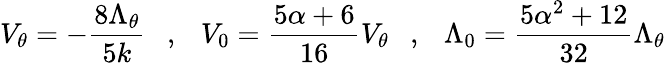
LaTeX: V_{\theta}=-{\frac{8\Lambda_{\theta}}{5k}}~~~,~~~V_{0}={\frac{5\alpha+6}{16}}V_{\theta}~~~,~~~\Lambda_{0}={\frac{5\alpha^{2}+12}{32}}\Lambda_{\theta}